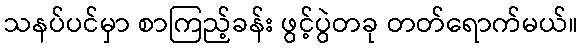
သနပ်ပင်မှာ စာကြည့်ခန်း ဖွင့်ပွဲတခု တတ်ရောက်မယ်။